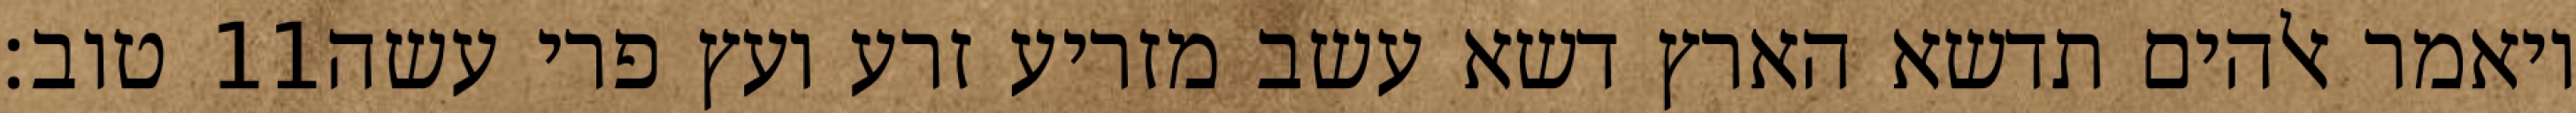
טוב׃ ‎11‏ ויאמר אלהים תדשא הארץ דשא עשב מזריע זרע ועץ פרי עשה